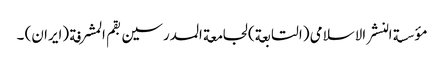
مؤسسة النشر الاسلامی (التابعة) لجامعة المدرسین بقم المشرفة (ایران) ۔